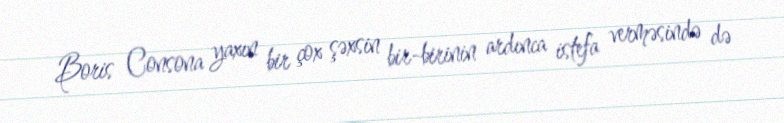
Boris Consona yaxın bir çox şəxsin bir-birinin ardınca istefa verməsində də